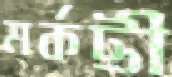
মর্কটী